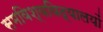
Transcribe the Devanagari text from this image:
समविश्वविद्यालयों